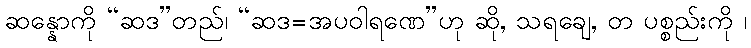
ဆန္နောကို “ဆဒ”တည်၊ “ဆဒ=အပဝါရဏေ”ဟု ဆို, သရချေ, တ ပစ္စည်းကို ၊